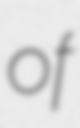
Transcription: of